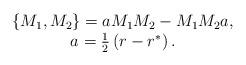
LaTeX: \begin{align*}\begin{array}{c}\left\{ M_1,M_2\right\} =aM_1M_2-M_1M_2a, \\a=\frac 12\left( r-r^{*}\right) .\end{array}\end{align*}